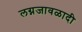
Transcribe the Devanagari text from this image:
लग्नजावळादी